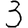
Digit: 3